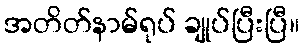
အတိတ်နာမ်ရုပ် ချုပ်ပြီးပြီ။